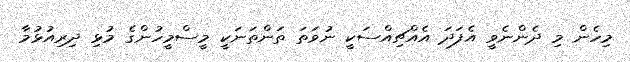
މިހެން މި ދެންނެވީ އެފަދަ އެއްޗިއްސަކީ ނުވަތަ ތަންތަނަކީ މީސްމީހުންގެ މުޅި ދިރިއުޅުމާ